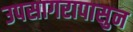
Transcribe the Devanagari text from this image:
उपसागरापासुन